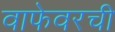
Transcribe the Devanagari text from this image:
वाफेवरची